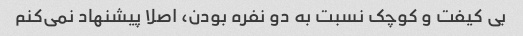
بی کیفت و کوچک نسبت به دو نفره بودن، اصلا پیشنهاد نمی‌کنم